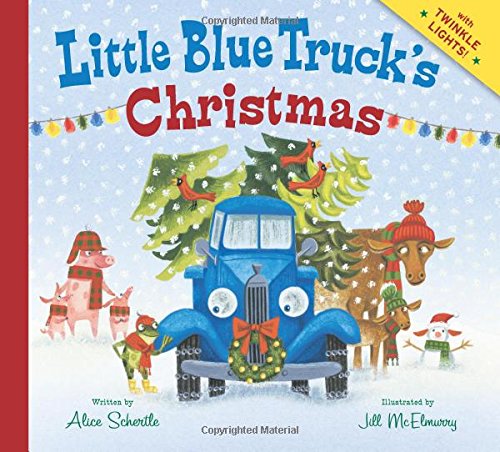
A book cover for Little Blue Truck's Christmas; Alice Schertle; Children's Books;